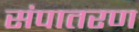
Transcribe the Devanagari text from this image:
संपातरण